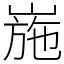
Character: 崺